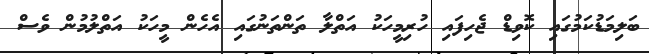
ބަލިމަޑުކަމުގައި ކޮވިޑް ޖެހިފައި ހުރިމީހަކު އަތްލާ ތަންތަނުގައި އެހެން މީހަކު އަތްލުމުން ވެސް